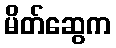
မိတ်ဆွေက